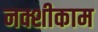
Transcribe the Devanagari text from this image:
नक्शीकाम